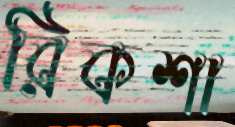
রিকশা